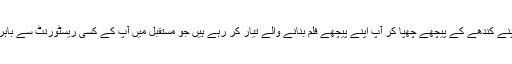
کرپشن کے خلاف آپ کا پیغام اچھا ہے مگر اپنے ساتھ کھڑے کرپٹ لوگوں کو ایسے موقع پر اپنے کندھے کے پیچھے چھپا کر آپ اپنے پیچھے فلم بنانے والے تیار کر رہے ہیں جو مستقبل میں آپ کے کسی ریسٹورنٹ سے باہر نکلنے پر گلابی انگریزی میں نہیں بلکہ ٹھیٹھ پنجابی میں آپ کی شان میں قصیدے پڑھیں گے۔